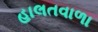
હાલતવાળા